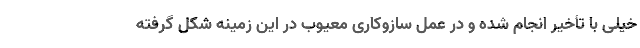
خیلی با تأخیر انجام شده و در عمل سازوکاری معیوب در این زمینه شکل گرفته